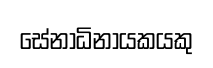
සේනාධිනායකයකු